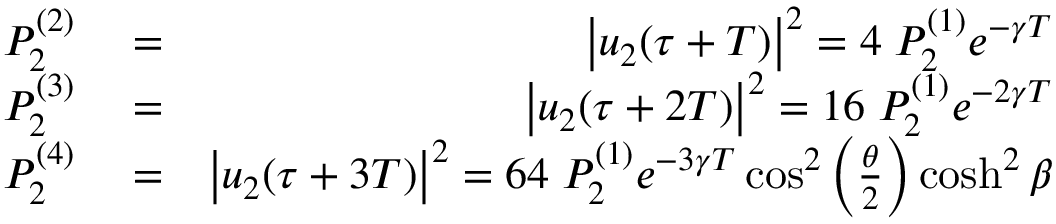
\begin{array} { r l r } { P _ { 2 } ^ { ( 2 ) } } & { { } = } & { \left| u _ { 2 } ( \tau + T ) \right| ^ { 2 } = 4 \; P _ { 2 } ^ { ( 1 ) } e ^ { - \gamma T } } \\ { P _ { 2 } ^ { ( 3 ) } } & { { } = } & { \left| u _ { 2 } ( \tau + 2 T ) \right| ^ { 2 } = 1 6 \; P _ { 2 } ^ { ( 1 ) } e ^ { - 2 \gamma T } } \\ { P _ { 2 } ^ { ( 4 ) } } & { { } = } & { \left| u _ { 2 } ( \tau + 3 T ) \right| ^ { 2 } = 6 4 \; P _ { 2 } ^ { ( 1 ) } e ^ { - 3 \gamma T } \cos ^ { 2 } \left( \frac { \theta } { 2 } \right) \cosh ^ { 2 } \beta } \end{array}